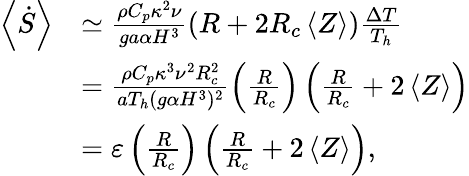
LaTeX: \begin{array}{rl}{\left<\dot{S}\right>}&{\simeq\frac{\rho C_{p}\kappa^{2}\nu}{ga\alpha H^{3}}(R+2R_{c}\left<Z\right>)\frac{\Delta T}{T_{h}}}\\ &{=\frac{\rho C_{p}\kappa^{3}\nu^{2}R_{c}^{2}}{aT_{h}(g\alpha H^{3})^{2}}\left(\frac{R}{R_{c}}\right)\left(\frac{R}{R_{c}}+2\left<Z\right>\right)}\\ &{=\varepsilon\left(\frac{R}{R_{c}}\right)\left(\frac{R}{R_{c}}+2\left<Z\right>\right),}\end{array}